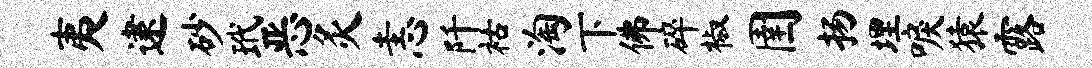
夷逮砂玳恶灸恚阡祜淘下佛碎椒圉扬埋唳猿露